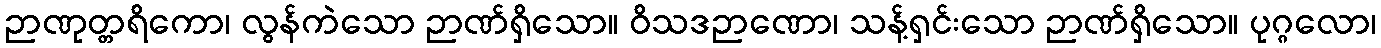
ဉာဏုတ္တရိကော၊ လွန်ကဲသော ဉာဏ်ရှိသော။ ဝိသဒဉာဏော၊ သန့်ရှင်းသော ဉာဏ်ရှိသော။ ပုဂ္ဂလော၊